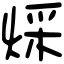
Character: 𤊕